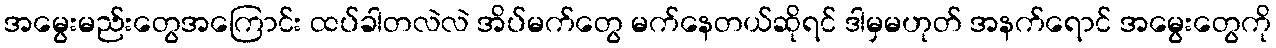
အမွေးမည်းတွေအကြောင်း ထပ်ခါတလဲလဲ အိပ်မက်တွေ မက်နေတယ်ဆိုရင် ဒါမှမဟုတ် အနက်ရောင် အမွေးတွေကို